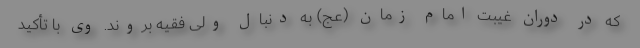
که در دوران غیبت امام زمان (عج) به دنبال ولی فقیه بروند. وی با تأکید